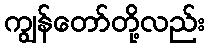
ကျွန်တော်တို့လည်း